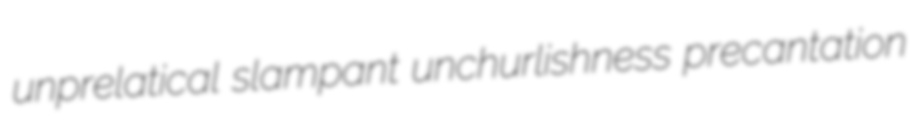
unprelatical slampant unchurlishness precantation